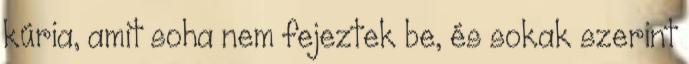
kúria, amit soha nem fejeztek be, és sokak szerint